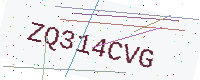
Text: ZQ314CVG